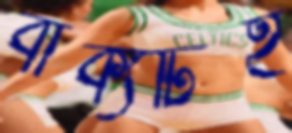
বাক্যটিই